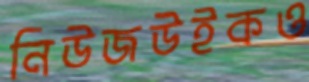
নিউজউইকও